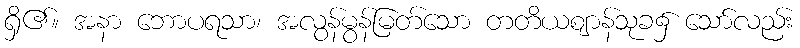
ရှိ၏။ အနာ ဘောပရသာ၊ အလွန်မွန်မြတ်သော တတိယဈာန်သုခ၌ သော်လည်း